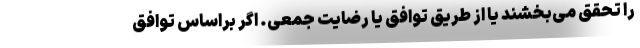
را تحقق می‌بخشند یا از طریق توافق یا رضایت جمعی. اگر براساس توافق